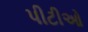
પીટીઓ